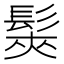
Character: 𩭌